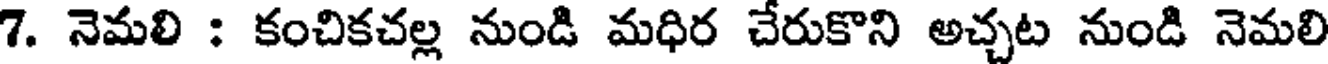
7. నెమలి : కంచికచల్ల నుండి మధిర చేరుకొని అచ్చట నుండి నెమలి